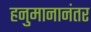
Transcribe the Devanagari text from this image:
हनुमानानंतर